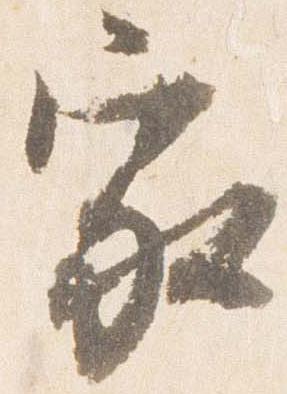
家